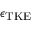
\epsilon _ { \mathrm { T K E } }